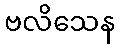
ဗလိသေန